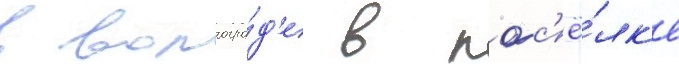
в волгогра́д'е в пос'ё́лк'е